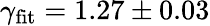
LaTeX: \gamma_{\mathrm{fit}}=1.27\pm 0.03